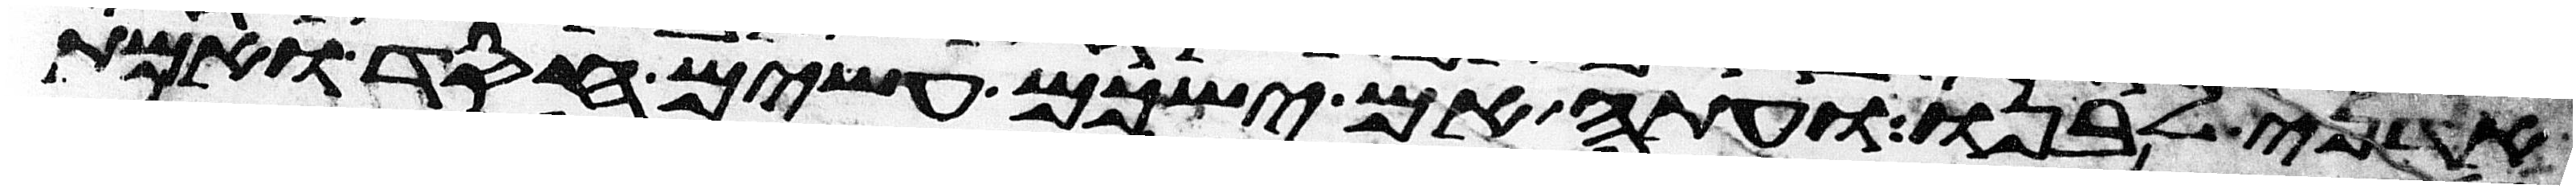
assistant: אדני לבנו ועתה אם ישכם עשים חסד ואמת